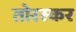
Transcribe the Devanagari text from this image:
तोरस्कर